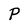
Character: P